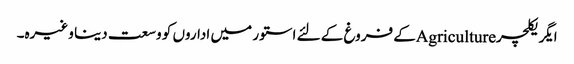
ایگریکلچرAgricultureکے فروغ کے لئے استور میں اداروں کو وسعت دینا وغیرہ۔